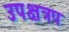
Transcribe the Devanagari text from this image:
उपक्षत्रप